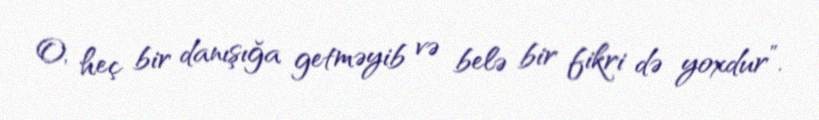
O, heç bir danışığa getməyib və belə bir fikri də yoxdur”.